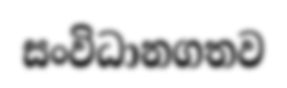
සංවිධානගතව